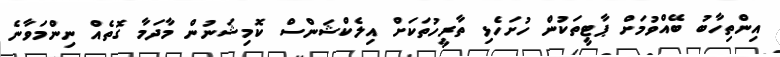
އިންތިހާބު ބޭއްވުމަށް ޕާޓީތަކުން ހުށަހެޅި ތާރީހުތަކަށް އިލެކްޝަންސް ކޮމިޝަނުން މާދަމާ ގޮތެއް ނިންމަވާނެ